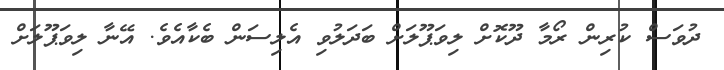
ދުވަސް ކުރިން ރޯމާ ދޫކޮށް ލިވަޕޫލަށް ބަދަލުވި އެލިސަން ބެކާއެވެ. އޭނާ ލިވަޕޫލަށް